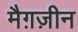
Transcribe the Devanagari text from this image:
मैग़ज़ीन